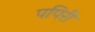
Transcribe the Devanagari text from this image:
पपिरी